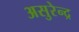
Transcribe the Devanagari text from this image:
असुरेन्द्र